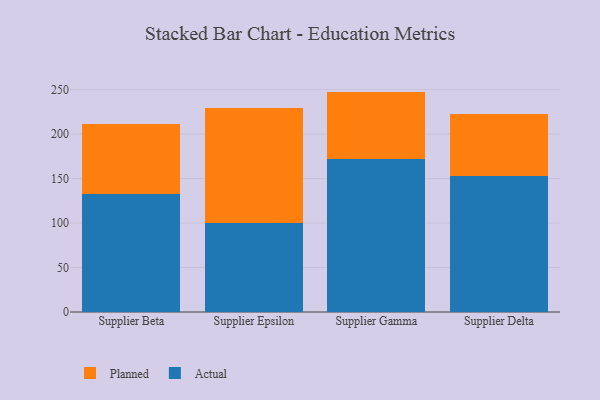
{"axis": {"x": "Supplier", "y": "Shipments"}, "legend": ["Actual", "Planned"], "data": [{"x": "Supplier Beta", "y": 132.8, "type": "Actual"}, {"x": "Supplier Beta", "y": 78.8, "type": "Planned"}, {"x": "Supplier Epsilon", "y": 100.6, "type": "Actual"}, {"x": "Supplier Epsilon", "y": 129.3, "type": "Planned"}, {"x": "Supplier Gamma", "y": 172.0, "type": "Actual"}, {"x": "Supplier Gamma", "y": 75.8, "type": "Planned"}, {"x": "Supplier Delta", "y": 152.5, "type": "Actual"}, {"x": "Supplier Delta", "y": 70.1, "type": "Planned"}]}